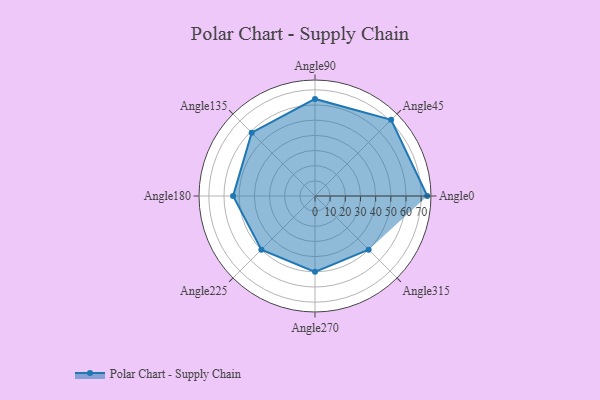
{"axis": {"x": "Angle", "y": "Radius"}, "legend": [""], "data": [{"x": "Angle0", "y": 74.0, "type": ""}, {"x": "Angle45", "y": 71.0, "type": ""}, {"x": "Angle90", "y": 64.0, "type": ""}, {"x": "Angle135", "y": 59.0, "type": ""}, {"x": "Angle180", "y": 54.0, "type": ""}, {"x": "Angle225", "y": 50, "type": ""}, {"x": "Angle270", "y": 50, "type": ""}, {"x": "Angle315", "y": 50, "type": ""}]}